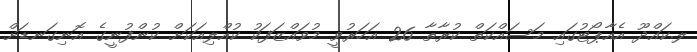
ލ.ކައްދޫ އެއާޕޯޓުގައި މަސައްކަތް ކުރާތާ 26 އަހަރުވީ މުވައްޒަފަކު ކުއްލިއަކަށް ކުންފުނީގެ އޮނިގަނޑަށް